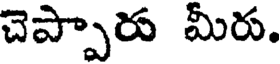
చెప్పారు మీరు.